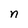
Character: n